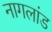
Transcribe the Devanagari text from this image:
नागलांड